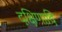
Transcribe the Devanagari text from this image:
दक्षिणादि